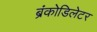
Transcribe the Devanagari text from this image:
ब्रंकोडिलेटर